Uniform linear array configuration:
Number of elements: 32
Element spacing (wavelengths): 0.75
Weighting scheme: hamming
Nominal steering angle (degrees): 30
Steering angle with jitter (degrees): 28.32
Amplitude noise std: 0.05
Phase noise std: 0.05

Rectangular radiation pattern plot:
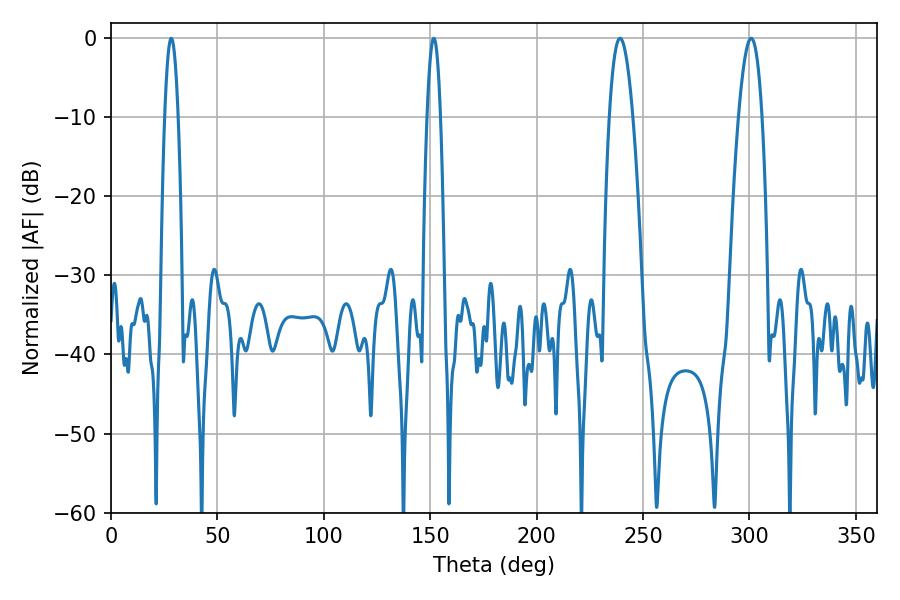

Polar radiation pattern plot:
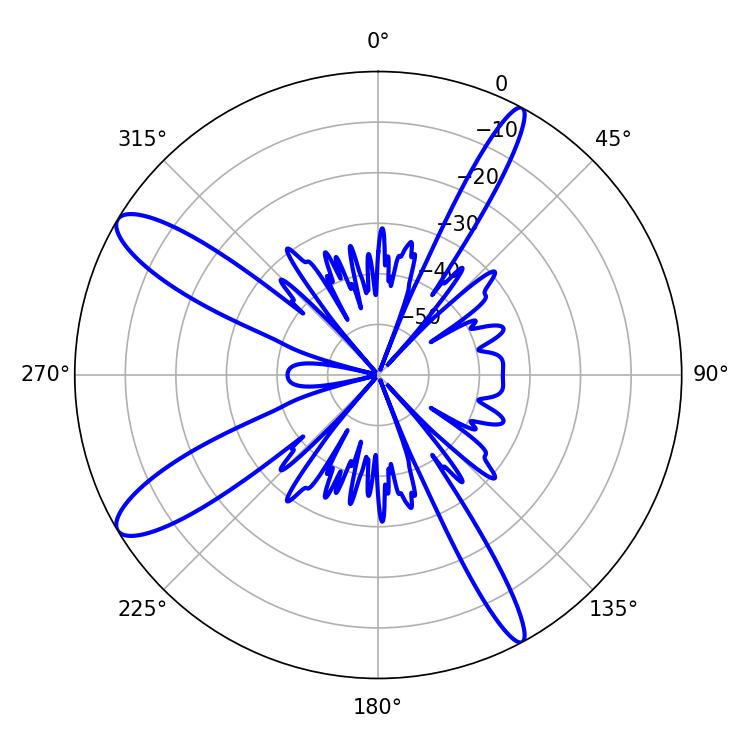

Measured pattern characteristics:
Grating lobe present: TRUE
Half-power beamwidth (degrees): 5.94
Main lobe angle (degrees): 239.22